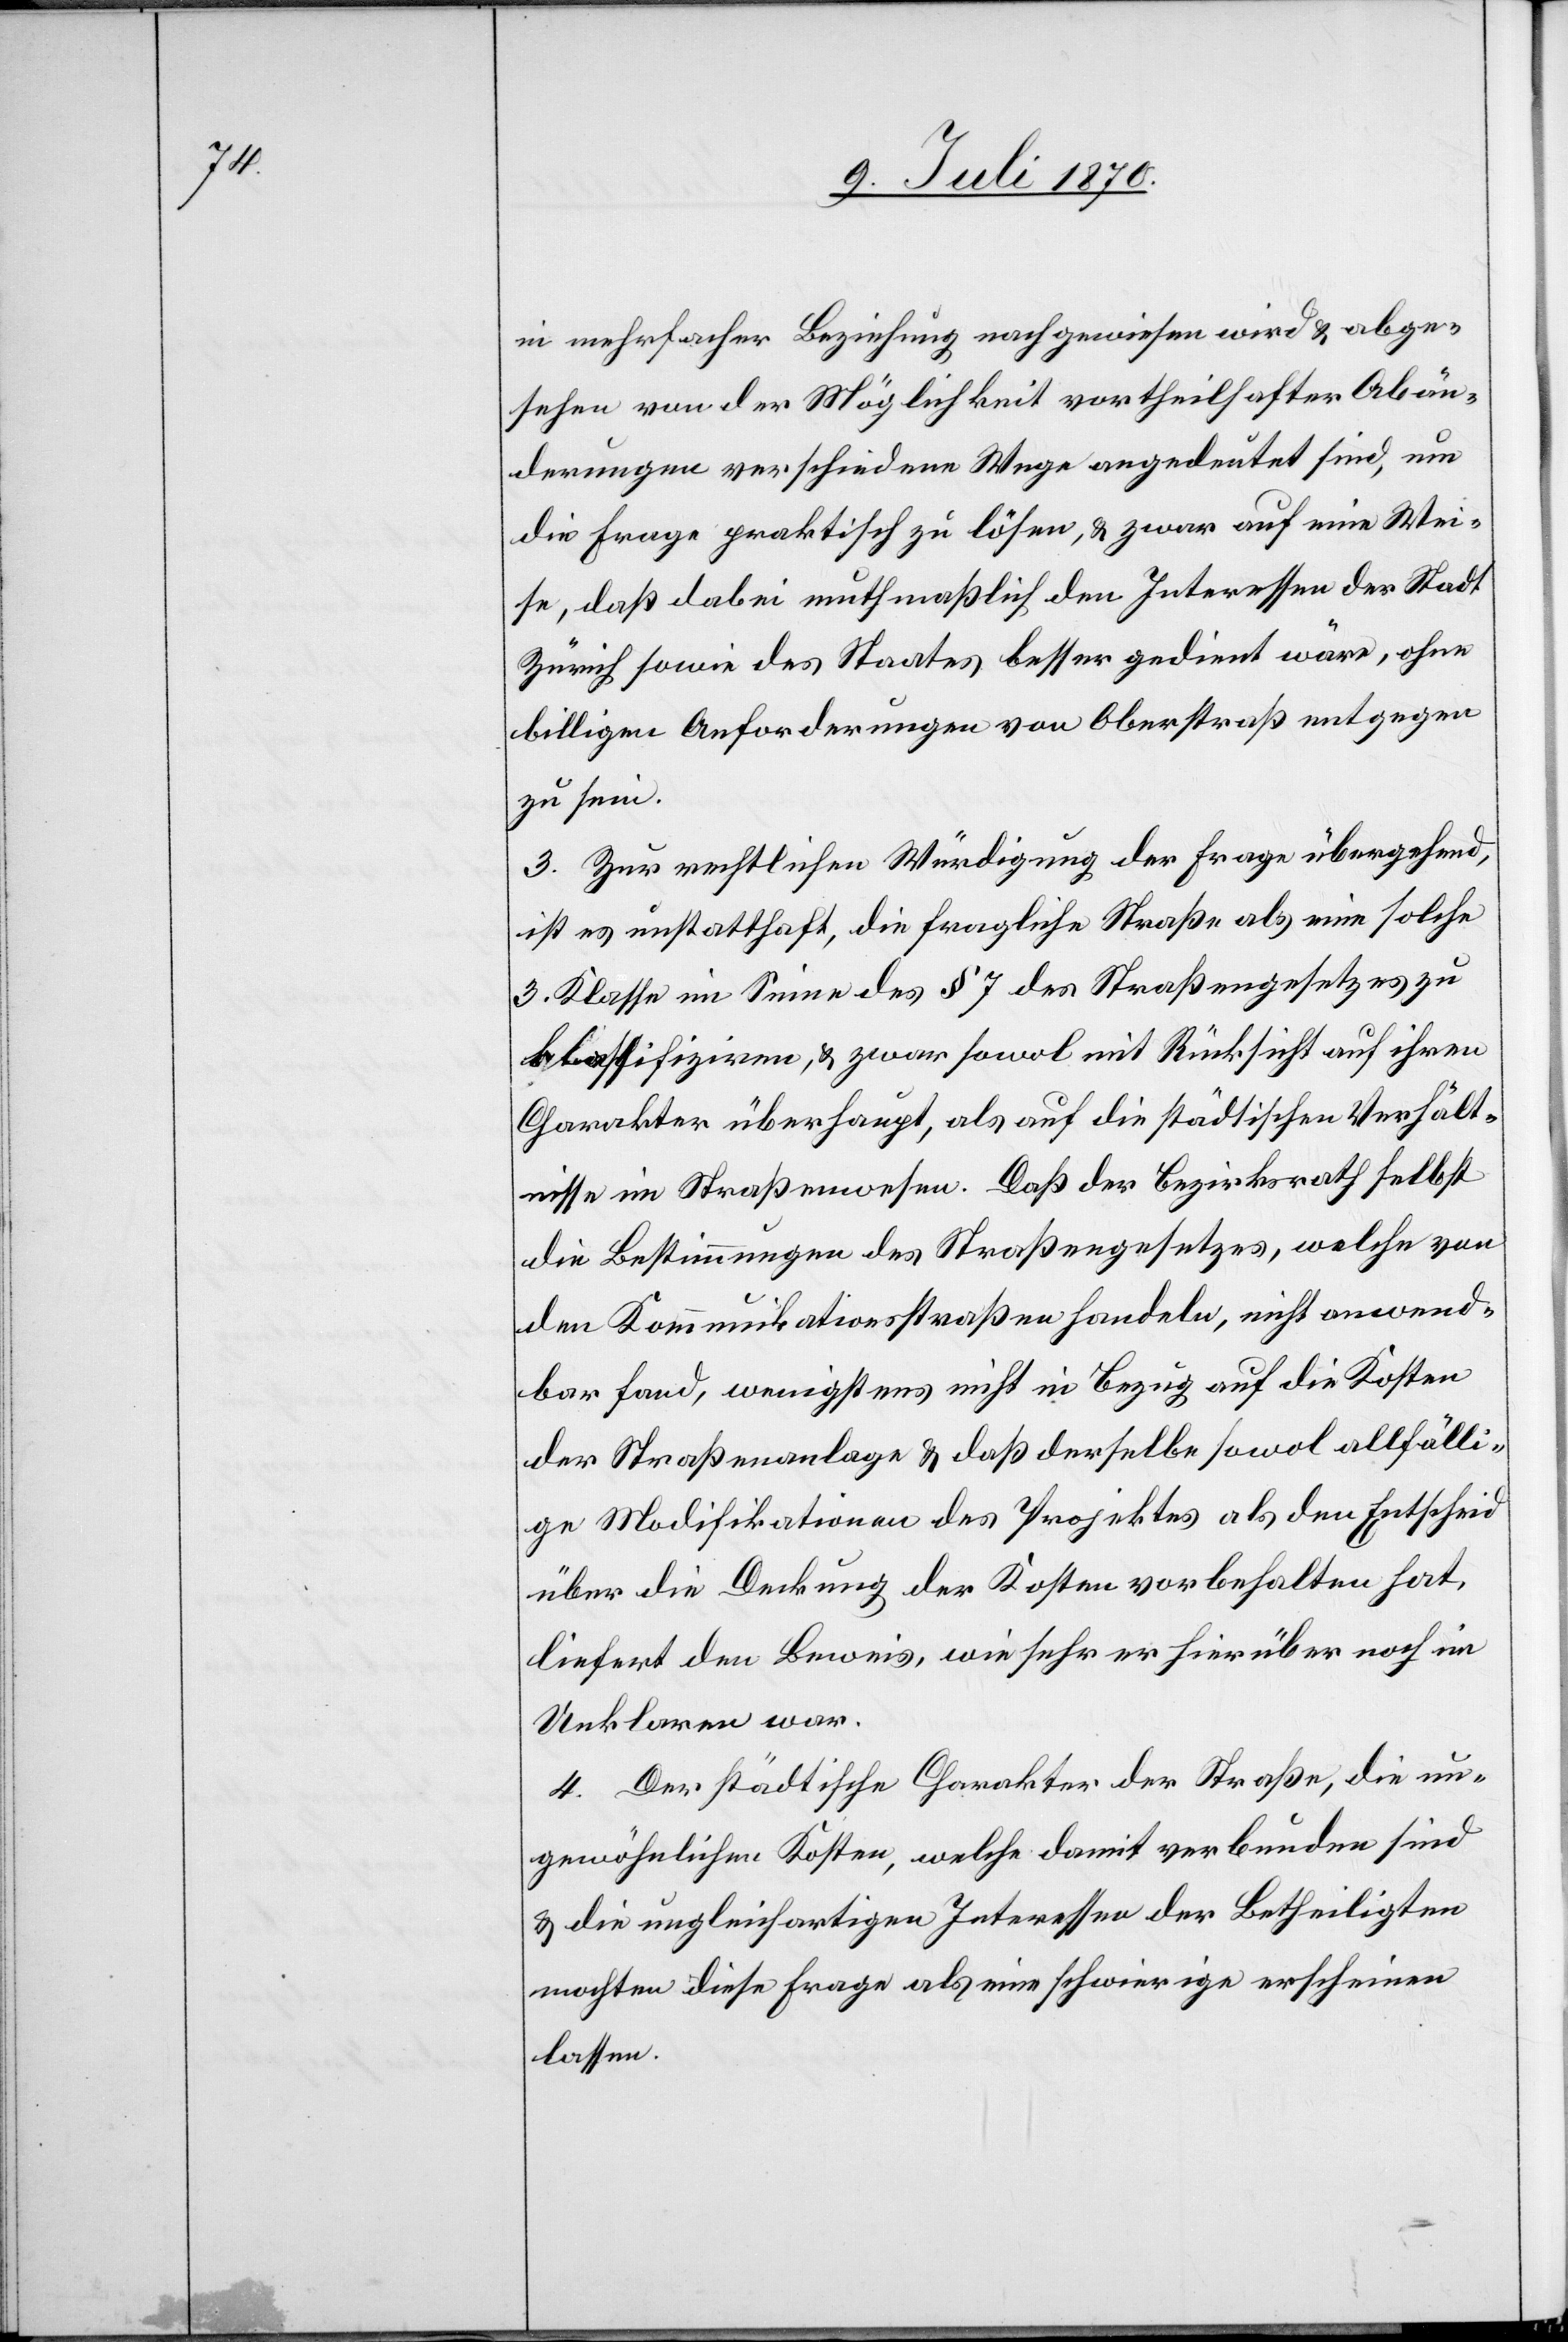
in mehrfacher Beziehung nachgewiesen wird & abge¬
sehen von der Möglichkeit vortheilhafter Abän¬
derungen verschiedene Wege angedeutet sind, um
die Frage praktisch zu lösen, & zwar auf eine Wei¬
se, daß dabei muthmaßlich den Interessen der Stadt
Zürich sowie des Staates besser gedient wäre, ohne
billigen Anforderungen von Oberstraß entgegen
zu sein.
3. Zur rechtlichen Würdigung der Frage übergehend,
ist es unstatthaft, die fragliche Straße als eine solche
3. Klasse im Sinne des § 7 des Straßengesetzes zu
klassifiziren, & zwar sowol mit Rücksicht auf ihren
Charakter überhaupt, als auf die städtischen Verhält¬
nisse im Straßenwesen. Daß der Bezirksrath selbst
die Bestimmungen des Straßengesetzes, welche von
den Kommunikationsstraßen handeln, nicht anwend¬
bar fand, wenigstens nicht in Bezug auf die Kosten
der Straßenanlage & daß derselbe sowol allfälli¬
ge Modifikationen des Projektes als den Entscheid
über die Deckung der Kosten vorbehalten hat,
liefert den Beweis, wie sehr er hierüber noch im
Unklaren war.
4. Der städtische Charakter der Straße, die un¬
gewöhnlichen Kosten, welche damit verbunden sind
& die ungleichartigen Interessen der Betheiligten
mochten diese Frage als eine schwierige erscheinen
lassen.